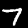
Digit: 7